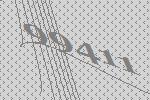
99411